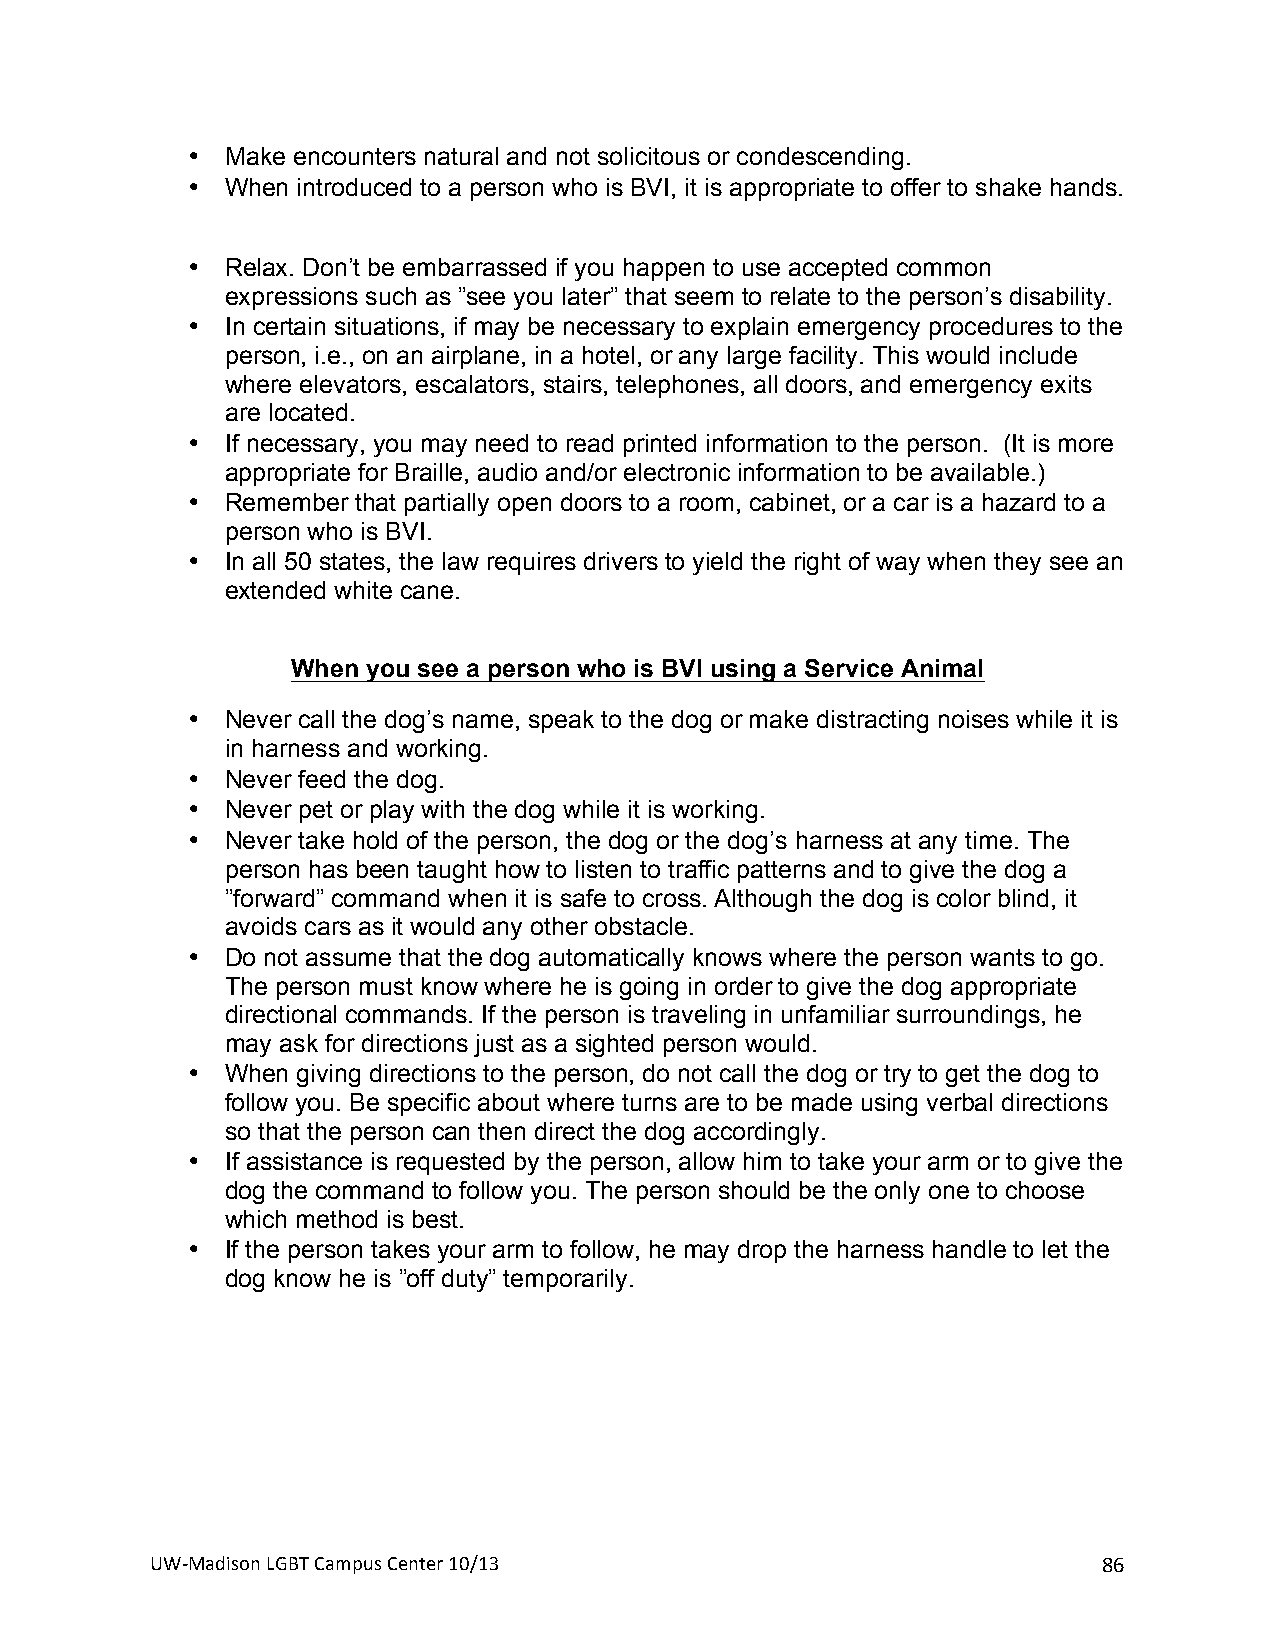
•  Make encounters natural and not solicitous or condescending.
 •  When introduced to a person who is BVI, it is appropriate to offer to shake hands.
 •  Relax. Don’t be embarrassed if you happen to use accepted common
 expressions such as ”see you later” that seem to relate to the person’s disability.
 •  In certain situations, if may be necessary to explain emergency procedures to the
 person, i.e., on an airplane, in a hotel, or any large facility. This would include
 where elevators, escalators, stairs, telephones, all doors, and emergency exits
 are located.
 •  If necessary, you may need to read printed information to the person. (It is more
 appropriate for Braille, audio and/or electronic information to be available.)
 •  Remember that partially open doors to a room, cabinet, or a car is a hazard to a
 person who is BVI.
 •  In all 50 states, the law requires drivers to yield the right of way when they see an
 extended white cane.
 When you see a person who is BVI using a Service Animal
 •  Never call the dog’s name, speak to the dog or make distracting noises while it is
 in harness and working.
 •  Never feed the dog.
 •  Never pet or play with the dog while it is working.
 •  Never take hold of the person, the dog or the dog’s harness at any time. The
 person has been taught how to listen to traffic patterns and to give the dog a
 ”forward” command when it is safe to cross. Although the dog is color blind, it
 avoids cars as it would any other obstacle.
 •  Do not assume that the dog automatically knows where the person wants to go.
 The person must know where he is going in order to give the dog appropriate
 directional commands. If the person is traveling in unfamiliar surroundings, he
 may ask for directions just as a sighted person would.
 •  When giving directions to the person, do not call the dog or try to get the dog to
 follow you. Be specific about where turns are to be made using verbal directions
 so that the person can then direct the dog accordingly.
 •  If assistance is requested by the person, allow him to take your arm or to give the
 dog the command to follow you. The person should be the only one to choose
 which method is best.
 •  If the person takes your arm to follow, he may drop the harness handle to let the
 dog know he is ”off duty” temporarily.
 UW#Madison+LGBT+Campus+Center+10/13+                           86+